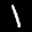
Label: 1